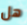
هل